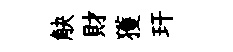
觖財獲玕